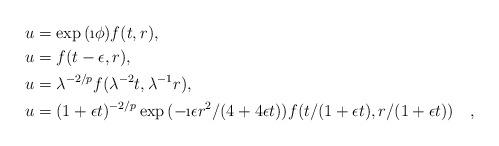
LaTeX: \begin{align*}&u=\exp{(\i\phi)}f(t,r),\\&u=f(t-\epsilon,r),\\&u=\lambda^{-2/p}f(\lambda^{-2}t,\lambda^{-1}r),\\&u=(1+\epsilon t)^{-2/p}\exp{(-\i\epsilon r^2/(4+4\epsilon t))} f(t/(1+\epsilon t),r/(1+\epsilon t))\quad,\end{align*}